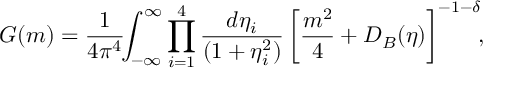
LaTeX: G ( m ) = \frac { 1 } { 4 \pi ^ { 4 } } \! \! \int _ { - \infty } ^ { \infty } \prod _ { i = 1 } ^ { 4 } \frac { d \eta _ { i } } { ( 1 + \eta _ { i } ^ { 2 } ) } \left[ \frac { m ^ { 2 } } { 4 } + D _ { B } ( \eta ) \right] ^ { - 1 - \delta } \! \! ,